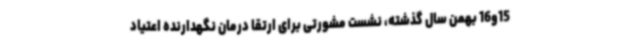
15و16 بهمن سال گذشته، نشست مشورتی برای ارتقا درمان نگهدارنده اعتیاد